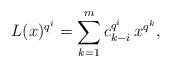
LaTeX: \begin{align*}L(x)^{q^i}=\sum_{k=1}^mc_{k-i}^{q^i}\,x^{q^k},\end{align*}